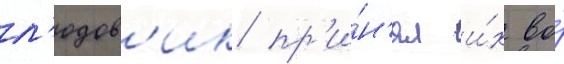
л'юдов'ик пр'и́н'ял и́х во́